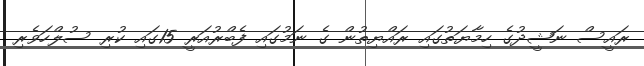
ރައީސް ނަޝީދުގެ ހިމާޔަތުގައި ރައްޔިތުން ގެ ނަމުގައި ފެބްރުއަރީ 15ގައި ކުރި ސުލްހަވެރި